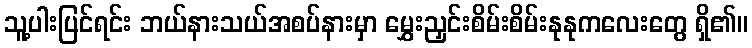
သူ့ပါးပြင်ရင်း ဘယ်နားသယ်အစပ်နားမှာ မွှေးညှင်းစိမ်းစိမ်းနုနုကလေးတွေ ရှိ၏။